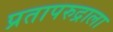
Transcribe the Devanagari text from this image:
प्रतापरुद्राला